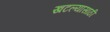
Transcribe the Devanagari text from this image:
खटल्यासाठी